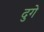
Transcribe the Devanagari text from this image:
दुगे